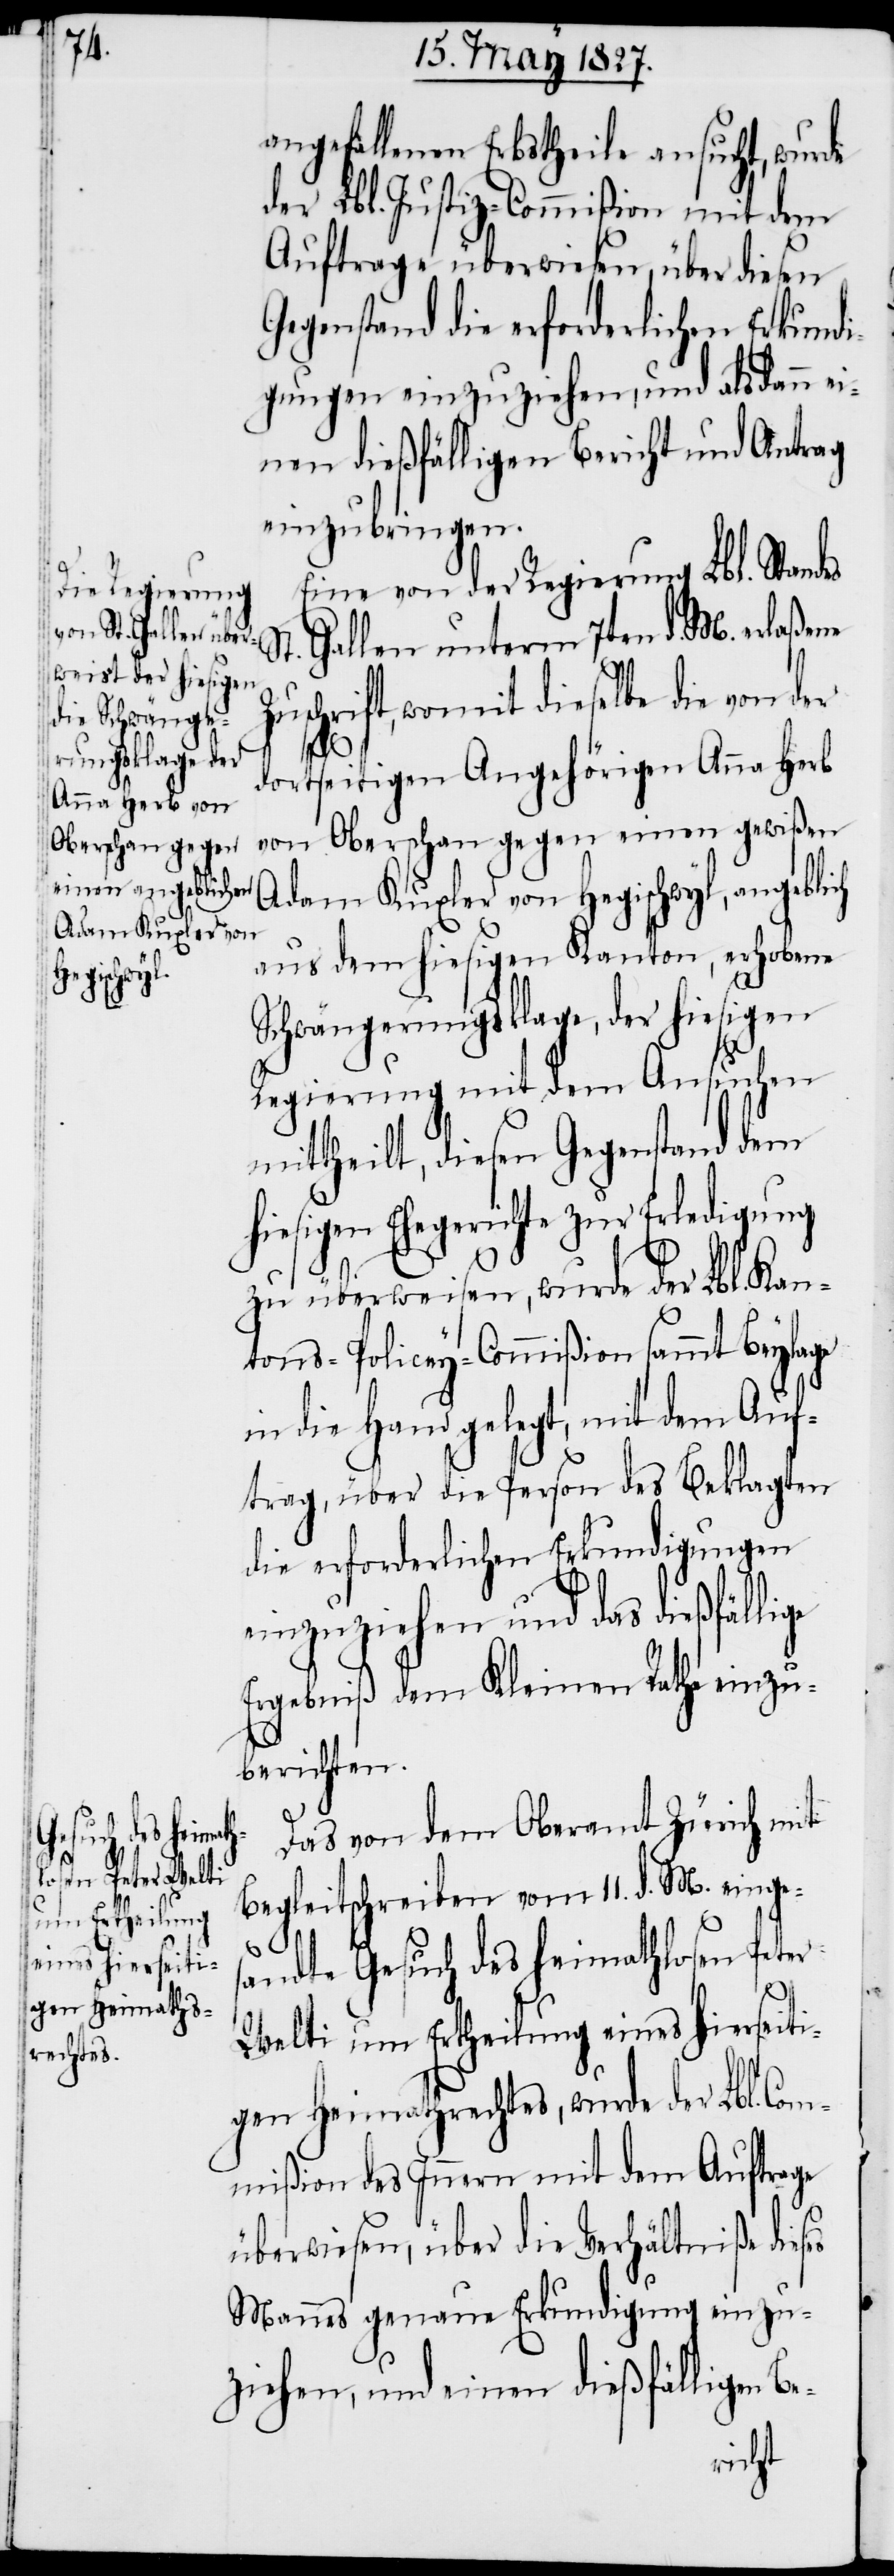
angefallenen Erbstheile ansucht, wurde
der Lbl. Justiz-Commißion mit dem
Auftrage überwiesen, über diesen
Gegenstand die erforderlichen Erkundi¬
gungen einzuziehen, und alsdann ei¬
nen dießfälligen Bericht und Antrag
einzubringen.
Eine von der Regierung Lbl. Standes
t. Gallen unterm 7ten d. M. erlaßene
uschrift, womit dieselbe die von der
Z¬
dortseitigen Angehörigen Anna Herb
von Oberschan gegen einen gewißen
Adam Kuxler von Hegischwyl, angebl¬
aus dem hiesigen Kanton, erhobene
Schwängerungsklage, der hiesigen
Regierung mit dem Ansuchen
mittheilt, diesen Gegenstand dem
hiesigen Ehegerichte zur Erledigung
zu überweisen, wurde der Lbl. Kan¬
tons-Policey-Commißion sammt Beylage
in die Hand gelegt, mit dem Auf¬
trag, über die Person des Beklagten
die erforderlichen Erkundigungen
einzuziehen und das dießfällige
Ergebniß dem Kleinen Rathe einzu¬
berichten.
Das von der Oberamt Zürich mit
Begleitschreiben vom 11. d. M. einges¬
andte Gesuch des heimathlosen Peter
Welti um Ertheilung eines hierseiti¬
gen Heimathrechtes, wurde der Lbl. Com¬
mißion des Innern mit dem Auftrage
überwiesen, über die Verhältniße dieses
Mannes genaue Erkundigung einzu¬
ziehen, und einen dießfälligen
ich